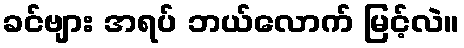
ခင်ဗျား အရပ် ဘယ်လောက် မြင့်လဲ။